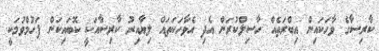
ކާރިސާގެ ވާހަކައިން އިބްރަތެއް ހާސިލްކުރަން އެދި އެވާހަކަތައް ލިޔާއިރު ކާރިސާއަކީ ކޮބައިކަން ފަހުމްވުމަކީ